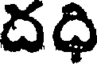
దధి